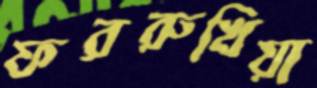
ফররুখিয়া